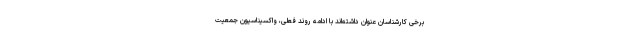
برخی کارشناسان عنوان داشته‌اند با ادامه روند فعلی، واکسیناسیون جمعیت